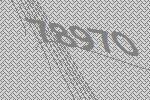
78970